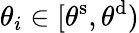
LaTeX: \theta_{i}\in[\theta^{\mathrm{s}},\theta^{\mathrm{d}})